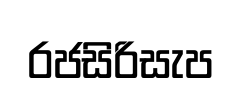
රජසිරිසැප